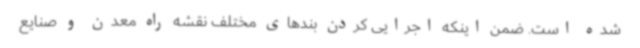
شده است. ضمن اینکه اجرایی کردن بندهای مختلف نقشه راه معدن و صنایع